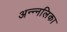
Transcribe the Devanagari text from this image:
अन्न्नलिका